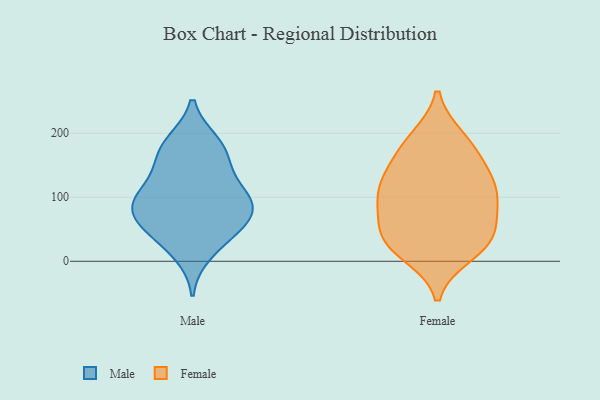
{"axis": {"x": "Production Output", "y": "Value"}, "legend": ["Female", "Male"], "data": [{"x": "", "y": 86, "type": "Male"}, {"x": "", "y": 48, "type": "Male"}, {"x": "", "y": 105, "type": "Male"}, {"x": "", "y": 128, "type": "Male"}, {"x": "", "y": 98, "type": "Male"}, {"x": "", "y": 186, "type": "Male"}, {"x": "", "y": 80, "type": "Male"}, {"x": "", "y": 155, "type": "Male"}, {"x": "", "y": 40, "type": "Male"}, {"x": "", "y": 72, "type": "Male"}, {"x": "", "y": 165, "type": "Male"}, {"x": "", "y": 185, "type": "Male"}, {"x": "", "y": 97, "type": "Male"}, {"x": "", "y": 59, "type": "Male"}, {"x": "", "y": 12, "type": "Male"}, {"x": "", "y": 192, "type": "Female"}, {"x": "", "y": 167, "type": "Female"}, {"x": "", "y": 103, "type": "Female"}, {"x": "", "y": 91, "type": "Female"}, {"x": "", "y": 36, "type": "Female"}, {"x": "", "y": 12, "type": "Female"}, {"x": "", "y": 121, "type": "Female"}, {"x": "", "y": 126, "type": "Female"}, {"x": "", "y": 94, "type": "Female"}, {"x": "", "y": 67, "type": "Female"}, {"x": "", "y": 31, "type": "Female"}, {"x": "", "y": 43, "type": "Female"}, {"x": "", "y": 24, "type": "Female"}, {"x": "", "y": 138, "type": "Female"}, {"x": "", "y": 185, "type": "Female"}]}